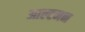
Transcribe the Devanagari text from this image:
आल्टमन